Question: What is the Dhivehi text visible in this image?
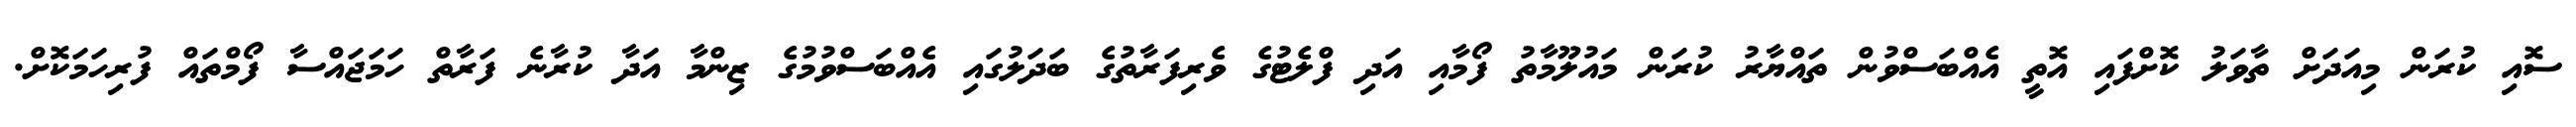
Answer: ސޮއި ކުރަން މިއަދަށް ތާވަލު ކޮށްފައި އޮތީ އެއްބަސްވުން ތައްޔާރު ކުރަން މައުލޫމާތު ފޯމާއި އަދި ފްލެޓުގެ ވެރިފަރާތުގެ ބަދަލުގައި އެއްބަސްވުމުގެ ޒިންމާ އަދާ ކުރާނެ ފަރާތް ހަމަޖައްސާ ފޯމްތައް ފުރިހަމަކޮށް.